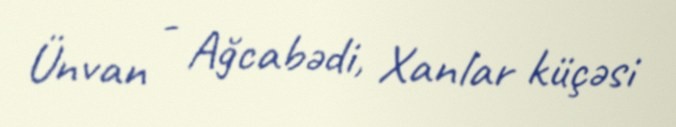
Ünvan - Ağcabədi, Xanlar küçəsi